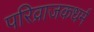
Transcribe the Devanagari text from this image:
परिव्राजकधर्म